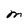
Character: M